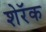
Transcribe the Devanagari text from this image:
शेरॅक